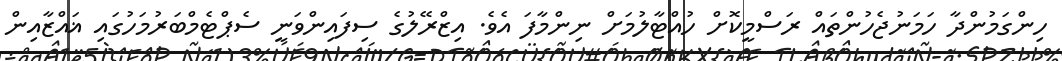
ހިންގަމުންދާ ހަމަނުޖެހުންތައް ރަސްމީކޮށް ހުއްޓާލުމަށް ނިންމާފަ އެވެ. އިޒްރޭލުގެ ސިފައިންވަނީ ސެޕްޓެމްބަރުމަހުގައި ޣައްޒާއިން